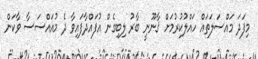
މިފަދަ މައްސަލަތައް ހައްލުކުރުމަށް ޤާނޫނީ ބާރު ލިބިގެން އުފައްދާފައިވާ ދެ މުއައްސަސާ ވާކަން